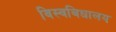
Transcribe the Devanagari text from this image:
विस्वबिधालय